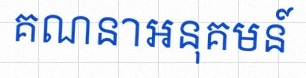
គណនាអនុគមន៍